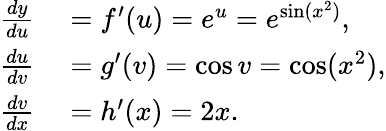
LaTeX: \begin{array}{rl}{{\frac{dy}{du}}}&{{}=f^{\prime}(u)=e^{u}=e^{\sin(x^{2})},}\\ {{\frac{du}{dv}}}&{{}=g^{\prime}(v)=\cos v=\cos(x^{2}),}\\ {{\frac{dv}{dx}}}&{{}=h^{\prime}(x)=2x.}\end{array}